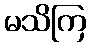
မသိကြ